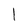
Character: l